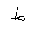
Letter: _da